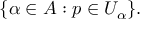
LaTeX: \{ \alpha \in A : p \in U _ { \alpha } \} .